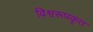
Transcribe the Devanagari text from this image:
विश्वरूपकृत